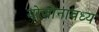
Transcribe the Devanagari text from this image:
योजोनावध्य